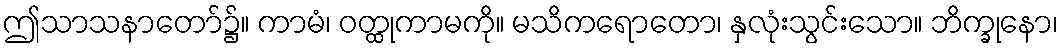
ဤသာသနာတော်၌။ ကာမံ၊ ဝတ္ထုကာမကို။ မသိကရောတော၊ နှလုံးသွင်းသော။ ဘိက္ခုနော၊